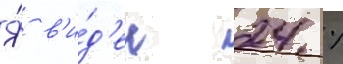
Я́ в'и́д'ел 24 %